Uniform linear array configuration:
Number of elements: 12
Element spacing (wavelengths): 0.5
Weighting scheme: exponential
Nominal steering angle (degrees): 60
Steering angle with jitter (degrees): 58.942
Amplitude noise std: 0.05
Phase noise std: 0.05

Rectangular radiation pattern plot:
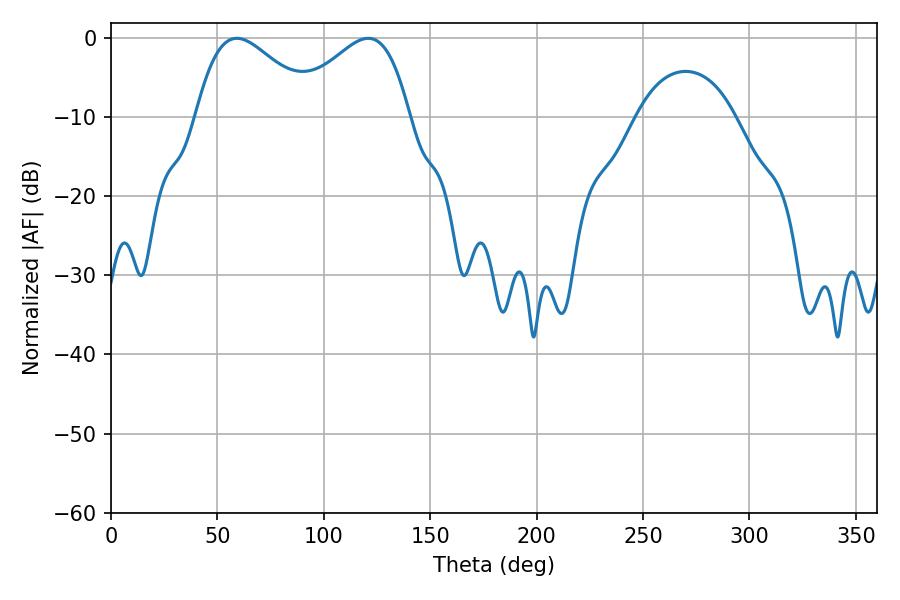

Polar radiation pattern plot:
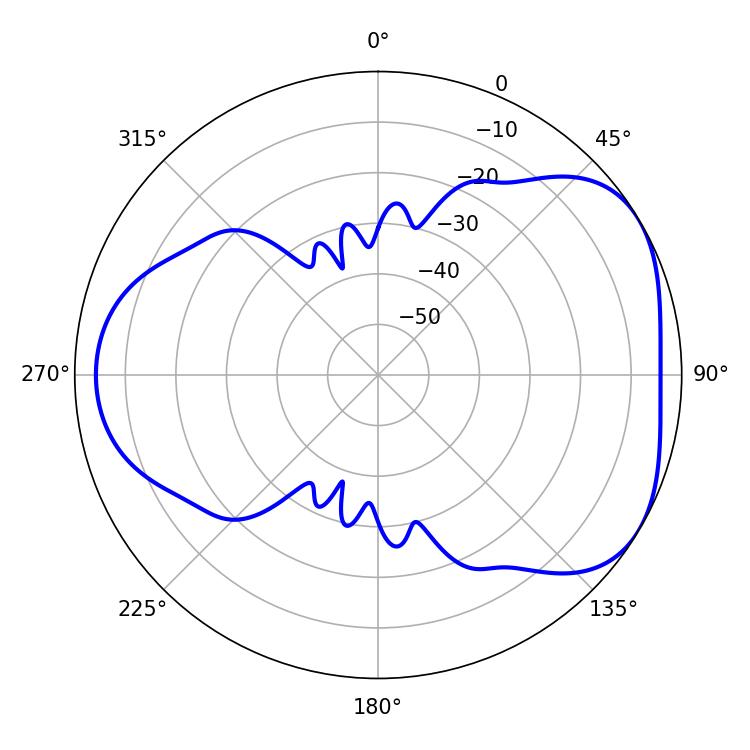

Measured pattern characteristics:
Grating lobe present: FALSE
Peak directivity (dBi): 4.374
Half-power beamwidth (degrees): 30.24
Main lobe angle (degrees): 59.04